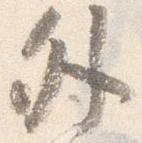
外